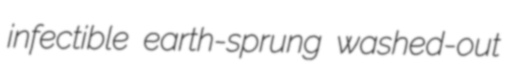
infectible earth-sprung washed-out